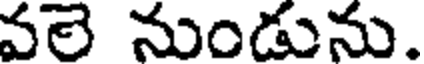
వలె నుండును.